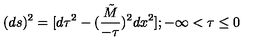
( d s ) ^ { 2 } = [ d \tau ^ { 2 } - ( { \frac { \tilde { M } } { - \tau } } ) ^ { 2 } d x ^ { 2 } ] ; - \infty < \tau \le 0